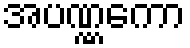
အပဏ္ဏကော